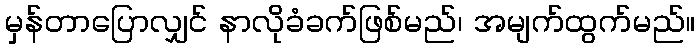
မှန်တာပြောလျှင် နာလိုခံခက်ဖြစ်မည်၊ အမျက်ထွက်မည်။